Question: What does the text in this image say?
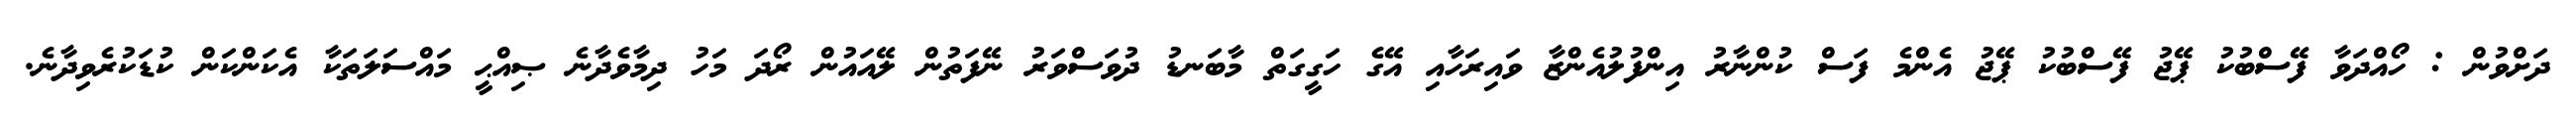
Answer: ދަށްވުން : ހޯއްދަވާ ފޭސްބުކު ޕޭޖު ފޭސްބުކު ޕޭޖު އެންމެ ފަސް ކުންނާރު އިންފުލުއެންޒާ ވައިރަހާއި އޭގެ ހަގީގަތް މާބަނޑު ދުވަސްވަރު ނޭފަތުން ލޭއައުން ރޯދަ މަހު ދިމާވެދާނެ ޞިއްޙީ މައްސަލަތަކާ އެކަންކަން ކުޑަކުރެވިދާނެ.